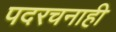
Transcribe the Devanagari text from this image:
पदरचनाही